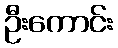
ဦးကောင်း